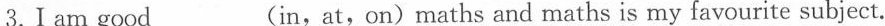
3.Ⅰam good___(in,at,on)maths and maths is my favourite subject.